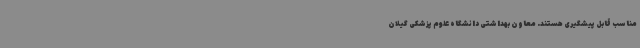
مناسب قابل پیشگیری هستند. معاون بهداشتی دانشگاه علوم پزشکی گیلان